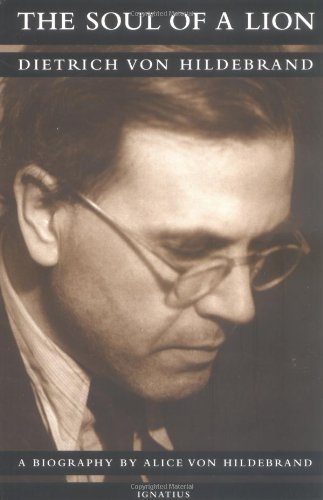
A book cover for The Soul of a Lion: The Life of Dietrich von Hildebrand; Dr. Alice von Hildebrand; Biographies & Memoirs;